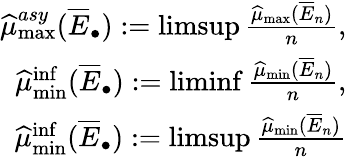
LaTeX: \begin{array}{r}{\widehat\mu_{\operatorname*{max}}^{asy}(\overline{E}_{\bullet}):=\operatorname*{limsup}\frac{\widehat\mu_{\operatorname*{max}}(\overline{E}_{n})}{n},}\\ {\widehat{\mu}_{\operatorname*{min}}^{\operatorname*{inf}}(\overline{E}_{\bullet}):=\operatorname*{liminf}\frac{\widehat{\mu}_{\operatorname*{min}}(\overline{E}_{n})}{n},}\\ {\widehat{\mu}_{\operatorname*{min}}^{\operatorname*{inf}}(\overline{E}_{\bullet}):=\operatorname*{limsup}\frac{\widehat{\mu}_{\operatorname*{min}}(\overline{E}_{n})}{n}}\end{array}